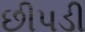
છીપડી